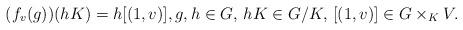
LaTeX: \begin{align*}(f_v(g))(hK)=h[(1, v)], g, h\in G,\, hK\in G/K,\, [(1, v)]\in G\times_K V.\end{align*}